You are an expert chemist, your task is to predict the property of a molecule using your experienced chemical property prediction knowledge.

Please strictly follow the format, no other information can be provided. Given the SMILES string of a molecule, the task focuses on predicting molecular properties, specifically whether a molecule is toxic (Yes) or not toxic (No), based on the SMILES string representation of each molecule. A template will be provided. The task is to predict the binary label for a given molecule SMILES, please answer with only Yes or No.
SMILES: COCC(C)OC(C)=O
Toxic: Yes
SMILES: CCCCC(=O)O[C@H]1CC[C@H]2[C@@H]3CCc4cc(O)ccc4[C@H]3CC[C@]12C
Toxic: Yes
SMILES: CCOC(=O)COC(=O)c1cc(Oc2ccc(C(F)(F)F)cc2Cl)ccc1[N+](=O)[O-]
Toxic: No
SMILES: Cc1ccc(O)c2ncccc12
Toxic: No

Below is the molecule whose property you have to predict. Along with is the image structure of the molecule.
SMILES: F[B-](F)(F)F
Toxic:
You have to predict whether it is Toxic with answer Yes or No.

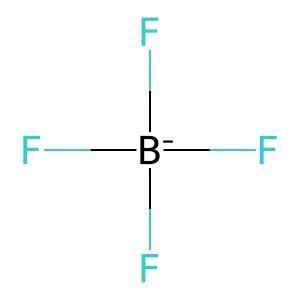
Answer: No